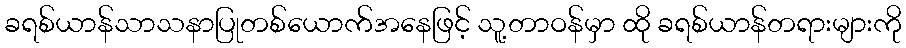
ခရစ်ယာန်သာသနာပြုတစ်ယောက်အနေဖြင့် သူ့တာဝန်မှာ ထို ခရစ်ယာန်တရားများကို